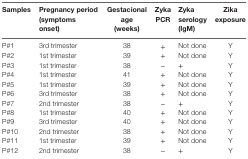
| Samples | Pregnancy period (symptoms onset) | Gestacional age (weeks) | Zyka PCR | Zyka serology (IgM) | Zika exposure |
 | --- | --- | --- | --- | --- | --- |
 | P#1 | 3rd trimester | 38 | + | Not done | Y |
 | P#2 | 1st trimester | 39 | + | Not done | Y |
 | P#3 | 1st trimester | 38 | − | + | Y |
 | P#4 | 1st trimester | 41 | + | Not done | Y |
 | P#5 | 1st trimester | 39 | + | Not done | Y |
 | P#6 | 3rd trimester | 38 | + | Not done | Y |
 | P#7 | 2nd trimester | 38 | − | + | Y |
 | P#8 | 1st trimester | 40 | + | Not done | Y |
 | P#9 | 3rd trimester | 40 | + | Not done | Y |
 | P#10 | 2nd trimester | 38 | + | Not done | Y |
 | P#11 | 1st trimester | 39 | + | Not done | Y |
 | P#12 | 2nd trimester | 38 | − | + | Y |